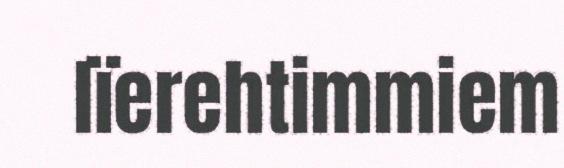
lïerehtimmiem